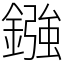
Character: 鏹